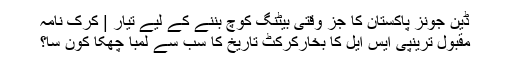
ڈین جونز پاکستان کا جز وقتی بیٹنگ کوچ بننے کے لیے تیار | کرک نامہ
مقبول ترینپی ایس ایل کا بخارکرکٹ تاریخ کا سب سے لمبا چھکا کون سا؟